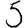
Digit: 5